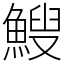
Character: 䱸